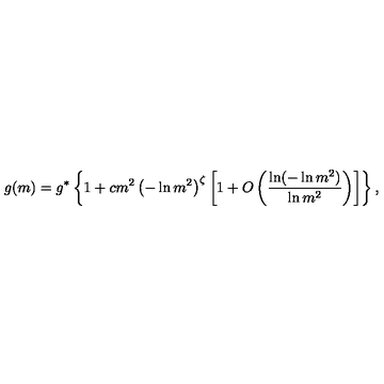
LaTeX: g ( m ) = g ^ { * } \left\{ 1 + c m ^ { 2 } \left( - \ln m ^ { 2 } \right) ^ { \zeta } \left[ 1 + O \left( { \frac { \ln ( - \ln m ^ { 2 } ) } { \ln m ^ { 2 } } } \right) \right] \right\} ,